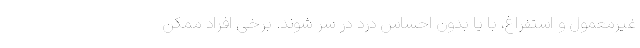
غیرمعمول و استفراغ، با یا بدون احساس درد در سر شوند. برخی افراد ممکن